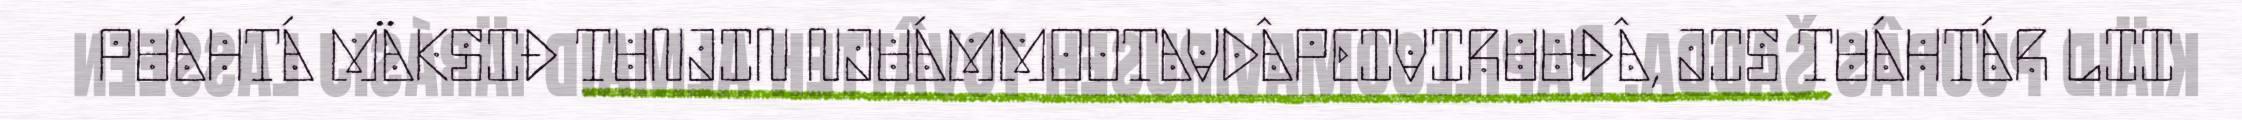
PUÁHTÁ MÄKSIĐ TUNJIN NJUÁMMOOTAVDÂPEIVIRUUĐÂ, JIS TUÁHTÁR LII